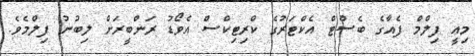
މިއީ ފިލްމް ފެއާގެ ބެސްޓް އެކްޓަރުގެ ކްރިޓިކްސް އެވޯޑު ރަންބީރަށް ލިބުނު ފިލްމެވެ.